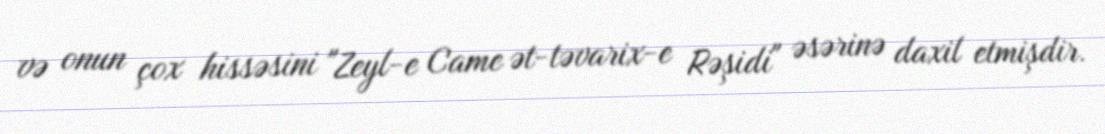
və onun çox hissəsini "Zeyl-e Came ət-təvarix-e Rəşidi" əsərinə daxil etmişdir.